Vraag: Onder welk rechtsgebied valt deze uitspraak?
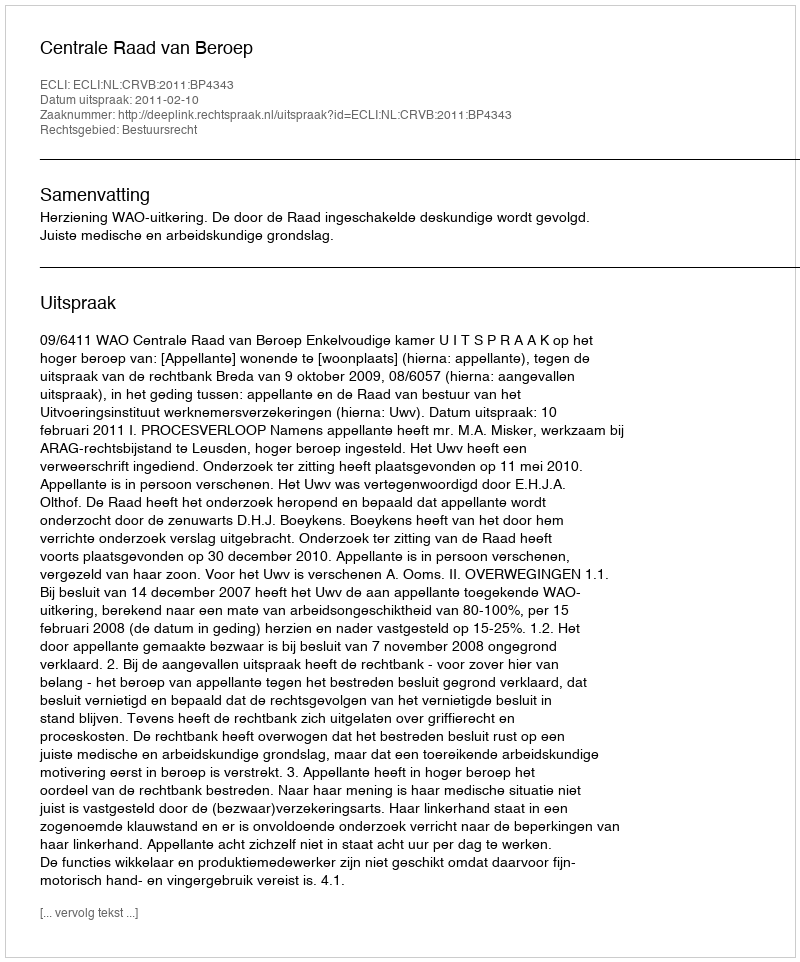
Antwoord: Bestuursrecht